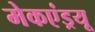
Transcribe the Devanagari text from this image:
मेकएंड्रयू